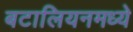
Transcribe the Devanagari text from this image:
बटालियनमध्ये